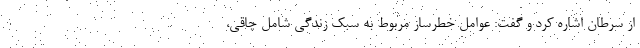
از سرطان اشاره کرد و گفت: عوامل خطرساز مربوط به سبک زندگی شامل چاقی،